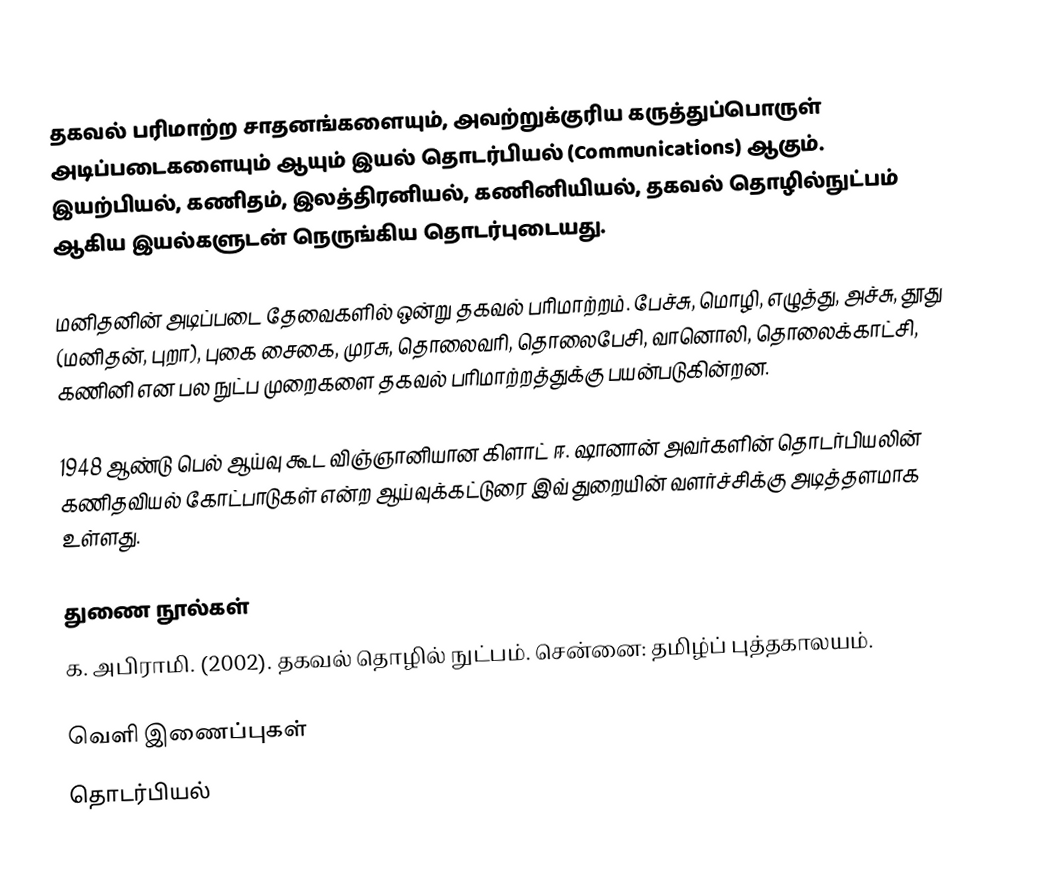
தகவல் பரிமாற்ற சாதனங்களையும், அவற்றுக்குரிய கருத்துப்பொருள் அடிப்படைகளையும் ஆயும் இயல் தொடர்பியல் (Communications) ஆகும்.  இயற்பியல், கணிதம், இலத்திரனியல், கணினியியல், தகவல் தொழில்நுட்பம் ஆகிய இயல்களுடன் நெருங்கிய தொடர்புடையது.

மனிதனின் அடிப்படை தேவைகளில் ஒன்று தகவல் பரிமாற்றம்.  பேச்சு, மொழி, எழுத்து, அச்சு, தூது (மனிதன், புறா), புகை சைகை, முரசு, தொலைவரி, தொலைபேசி, வானொலி, தொலைக்காட்சி, கணினி என பல நுட்ப முறைகளை தகவல் பரிமாற்றத்துக்கு பயன்படுகின்றன.

1948 ஆண்டு பெல் ஆய்வு கூட விஞ்ஞானியான கிளாட் ஈ. ஷானான் அவர்களின் தொடர்பியலின் கணிதவியல் கோட்பாடுகள் என்ற ஆய்வுக்கட்டுரை இவ் துறையின் வளர்ச்சிக்கு அடித்தளமாக உள்ளது.

துணை நூல்கள்
 க. அபிராமி. (2002). தகவல் தொழில் நுட்பம். சென்னை: தமிழ்ப் புத்தகாலயம்.

வெளி இணைப்புகள்
தொடர்பியல்